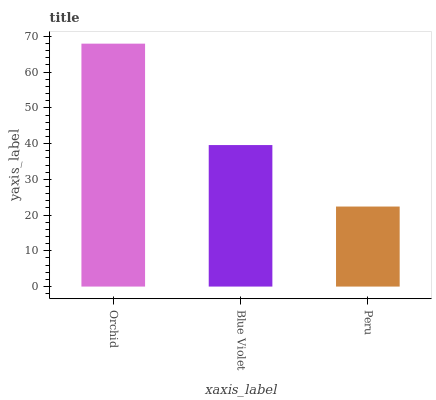
| xaxis_label | bars |
 | --- | --- |
 | Orchid | 68 |
 | Blue Violet | 39.6 |
 | Peru | 22.4 |